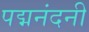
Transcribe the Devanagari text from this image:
पद्मनंदनी